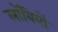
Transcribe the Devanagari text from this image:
लॉबियों